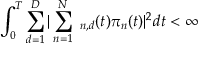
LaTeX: \int _ { 0 } ^ { T } \sum _ { d = 1 } ^ { D } | \sum _ { n = 1 } ^ { N } \mathbf { \sigma } _ { n , d } ( t ) \pi _ { n } ( t ) | ^ { 2 } d t < \infty